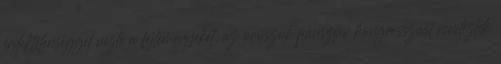
érdektelenséggel nézte a fejleményeket, az oroszok pánszláv kongresszust rendeztek